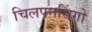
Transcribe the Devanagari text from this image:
चिलपनसिंगो